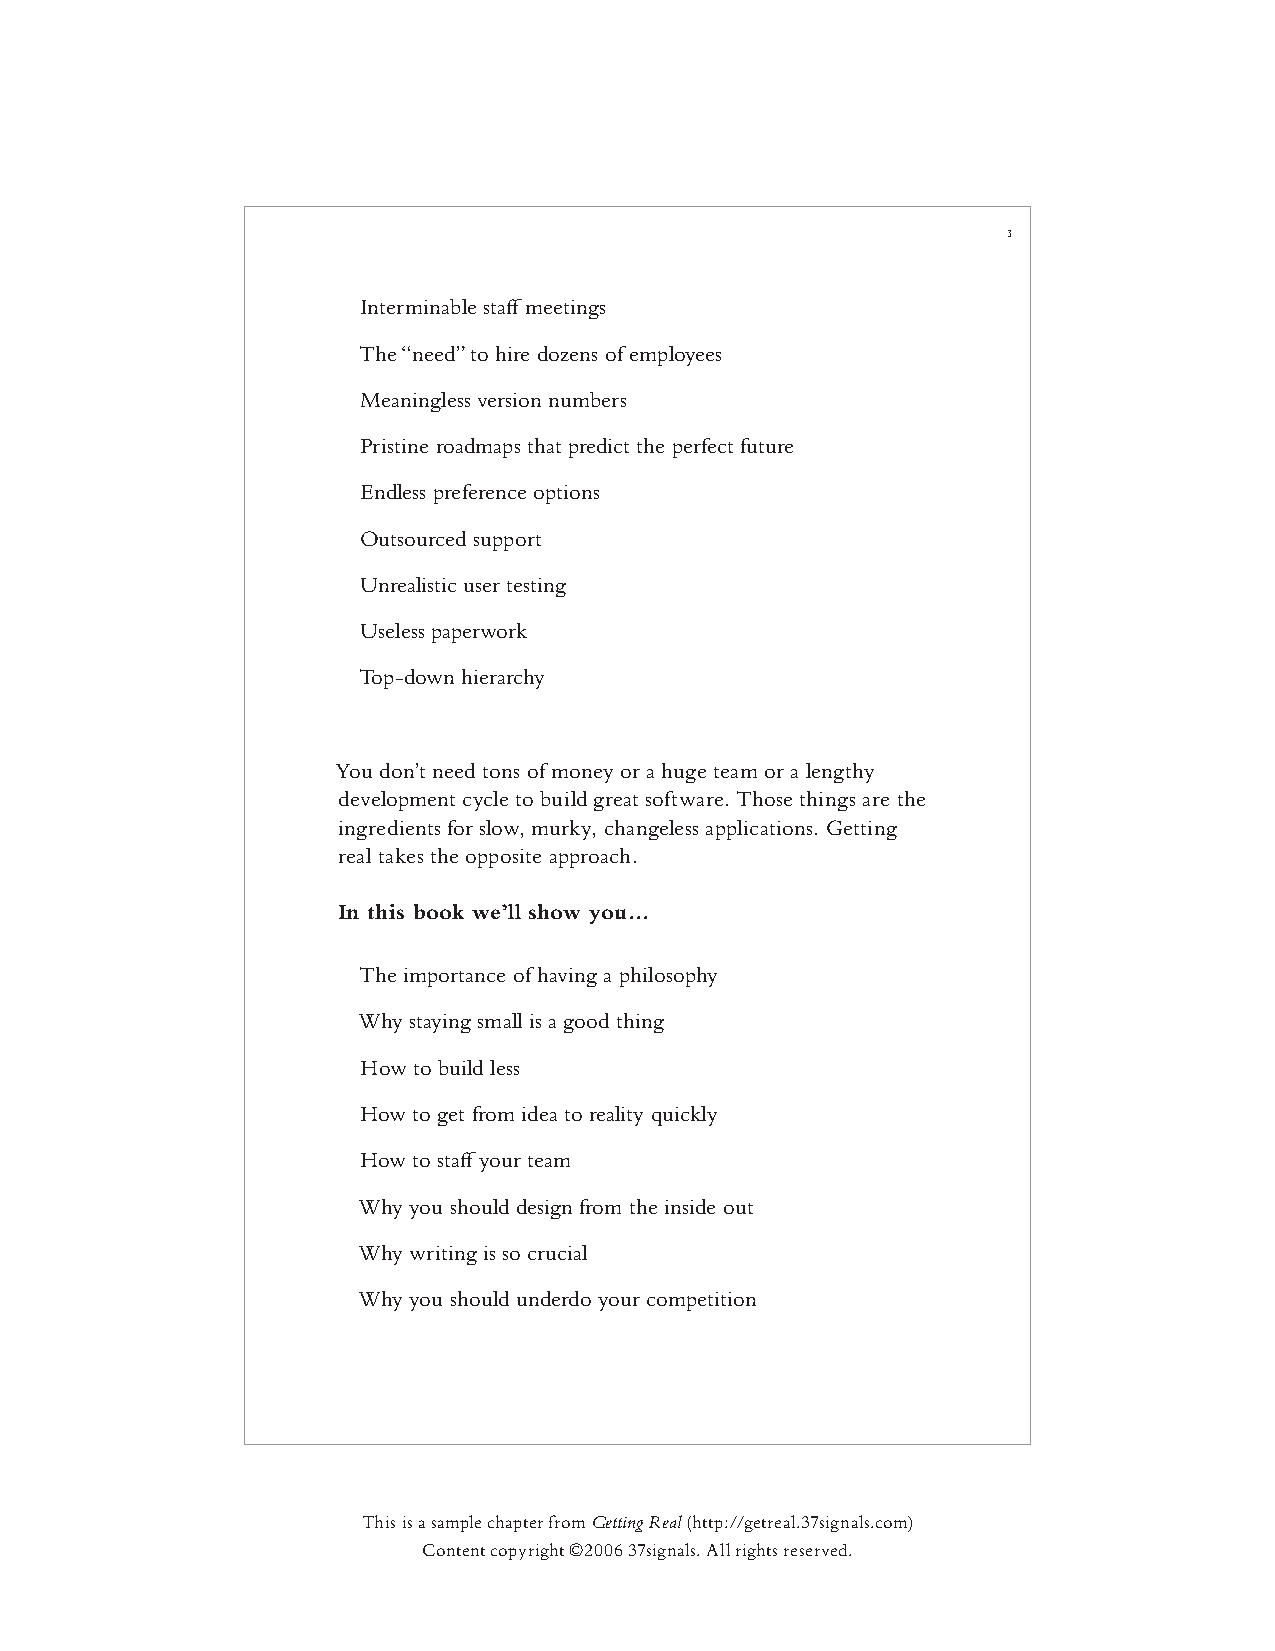
3
 Interminable staff meetings
 The “need” to hire dozens of employees
 Meaningless version numbers
 Pristine roadmaps that predict the perfect future
 Endless preference options
 Outsourced support
 Unrealistic user testing
 Useless paperwork
 Top-down hierarchy
 You don’t need tons of money or a huge team or a lengthy
 development cycle to build great software. Those things are the
 ingredients for slow, murky, changeless applications. Getting
 real takes the opposite approach.
 In this book we’ll show you...
 The importance of having a philosophy
 Why staying small is a good thing
 How to build less
 How to get from idea to reality quickly
 How to staff your team
 Why you should design from the inside out
 Why writing is so crucial
 Why you should underdo your competition
 This is a sample chapter from Getting Real (http://getreal.37signals.com)
 Content copyright ©2006 37signals. All rights reserved.